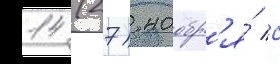
14 (27) ноабр'я́ с